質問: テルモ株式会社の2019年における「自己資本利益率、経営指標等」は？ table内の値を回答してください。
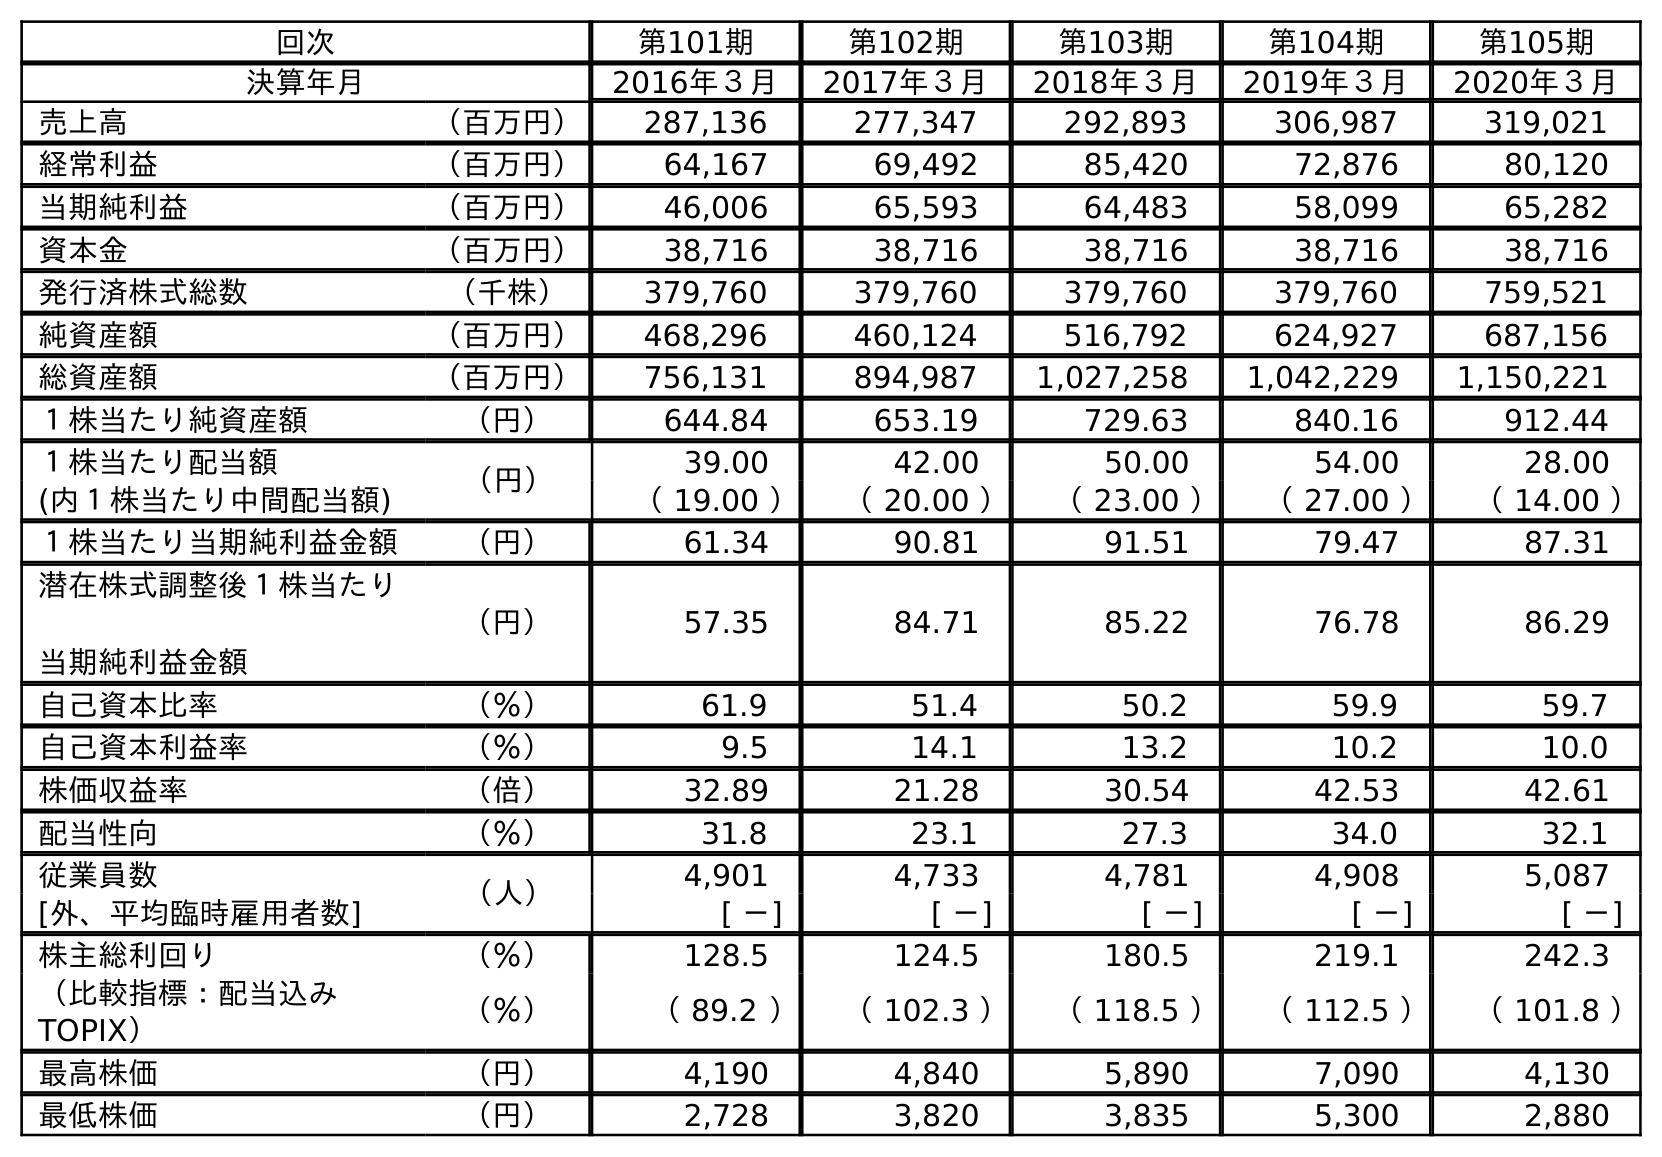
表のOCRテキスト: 回次 第101期 第102期 第103期 第104期 第105期 決算年月 2016年３月 2017年３月 2018年３月 2019年３月 2020年３月 売上高 （百万円） 287,136 277,347 292,893 306,987 319,021 経常利益 （百万円） 64,167 69,492 85,420 72,876 80,120 当期純利益 （百万円） 46,006 65,593 64,483 58,099 65,282 資本金 （百万円） 38,716 38,716 38,716 38,716 38,716 発行済株式総数 （千株） 379,760 379,760 379,760 379,760 759,521 純資産額 （百万円） 468,296 460,124 516,792 624,927 687,156 総資産額 （百万円） 756,131 894,987 1,027,258 1,042,229 1,150,221 １株当たり純資産額 （円） 644.84 653.19 729.63 840.16 912.44 １株当たり配当額 （円） 39.00 42.00 50.00 54.00 28.00 (内１株当たり中間配当額) （ 19.00 ） （ 20.00 ） （ 23.00 ） （ 27.00 ） （ 14.00 ） １株当たり当期純利益金額 （円） 61.34 90.81 91.51 79.47 87.31 潜在株式調整後１株当たり 当期純利益金額 （円） 57.35 84.71 85.22 76.78 86.29 自己資本比率 （％） 61.9 51.4 50.2 59.9 59.7 自己資本利益率 （％） 9.5 14.1 13.2 10.2 10.0 株価収益率 （倍） 32.89 21.28 30.54 42.53 42.61 配当性向 （％） 31.8 23.1 27.3 34.0 32.1 従業員数 （人） 4,901 4,733 4,781 4,908 5,087 [外、平均臨時雇用者数] [ －] [ －] [ －] [ －] [ －] 株主総利回り （％） 128.5 124.5 180.5 219.1 242.3 （比較指標：配当込み TOPIX） （％） （ 89.2 ） （ 102.3 ） （ 118.5 ） （ 112.5 ） （ 101.8 ） 最高株価 （円） 4,190 4,840 5,890 7,090 4,130 最低株価 （円） 2,728 3,820 3,835 5,300 2,880
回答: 10.2